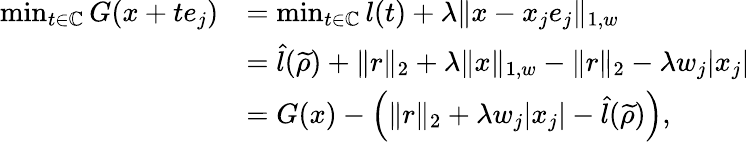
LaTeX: \begin{array}{rl}{\operatorname*{min}_{t\in\mathbb{C}}G(x+te_{j})}&{=\operatorname*{min}_{t\in\mathbb{C}}l(t)+\lambda\| x-x_{j}e_{j}\| _{1,w}}\\ &{=\hat{l}(\widetilde{\rho})+\| r\| _{2}+\lambda\| x\| _{1,w}-\| r\| _{2}-\lambda w_{j}|x_{j}|}\\ &{=G(x)-\left(\| r\| _{2}+\lambda w_{j}|x_{j}|-\hat{l}(\widetilde{\rho})\right),}\end{array}